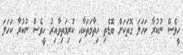
ހީވެސް ނުކުރާ ކަހަލަ ގޮތަކަށް ބޮޑެތި ހިތާމަތަކާއި ކުރިމަތިވާއިރު ހީވެސް ނުކުރާ ކަހަލަ